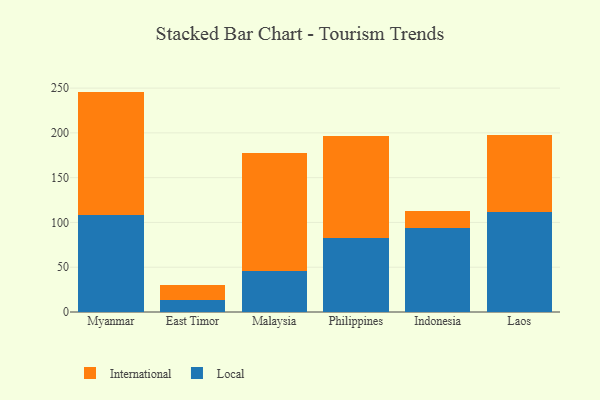
{"axis": {"x": "Country", "y": "Production Output"}, "legend": ["International", "Local"], "data": [{"x": "Myanmar", "y": 108.2, "type": "Local"}, {"x": "Myanmar", "y": 137.9, "type": "International"}, {"x": "East Timor", "y": 13.6, "type": "Local"}, {"x": "East Timor", "y": 16.3, "type": "International"}, {"x": "Malaysia", "y": 45.4, "type": "Local"}, {"x": "Malaysia", "y": 132.0, "type": "International"}, {"x": "Philippines", "y": 83.0, "type": "Local"}, {"x": "Philippines", "y": 113.9, "type": "International"}, {"x": "Indonesia", "y": 94.0, "type": "Local"}, {"x": "Indonesia", "y": 18.8, "type": "International"}, {"x": "Laos", "y": 111.6, "type": "Local"}, {"x": "Laos", "y": 86.0, "type": "International"}]}